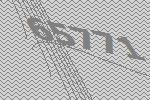
65771